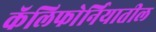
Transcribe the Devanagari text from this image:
कॅलिफाेर्नियातील